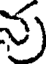
ను